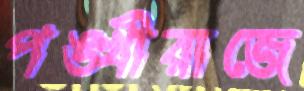
পঙ্খীরাজে